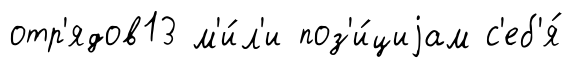
отр'ядов13 м'и́л'и поз'и́циjам с'еб'я́